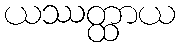
ယဿတ္ထာယ